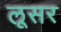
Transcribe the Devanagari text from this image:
लूसर